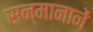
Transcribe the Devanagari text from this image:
सन्मानानें